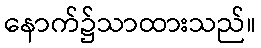
နောက်၌သာထားသည်။